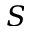
S